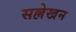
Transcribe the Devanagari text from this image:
सल्लेखन